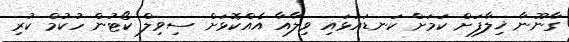
ގާނޫނާ ޚިލާފަށް ކަމަށް ކަނޑައަޅައި ވިލާއާ އެއްކޮޅަށް ސިވިލް ކޯޓުން ހުކުމް ކުރި